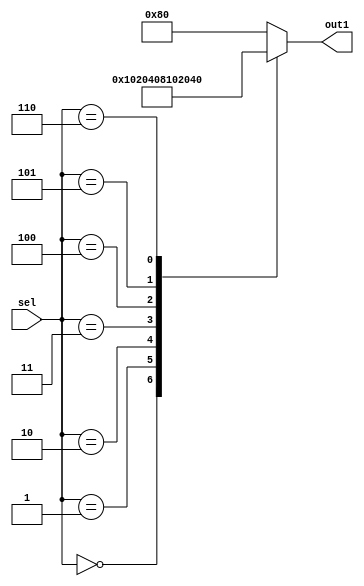
module decoder_3to8(sel,out1);
input [2:0] sel;
output reg [7:0] out1;

always @(sel,out1)
 case (sel)
	 3'b000  : out1 = 8'b00000001;
	 3'b001  : out1 = 8'b00000010;
	 3'b010  : out1 = 8'b00000100;
	 3'b011  : out1 = 8'b00001000;
	 3'b100  : out1 = 8'b00010000;
	 3'b101  : out1 = 8'b00100000;
	 3'b110  : out1 = 8'b01000000;
	 default : out1 = 8'b10000000;
 endcase

endmodule